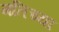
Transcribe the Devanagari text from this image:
गतिच्या